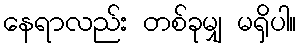
နေရာလည်း တစ်ခုမျှ မရှိပါ။